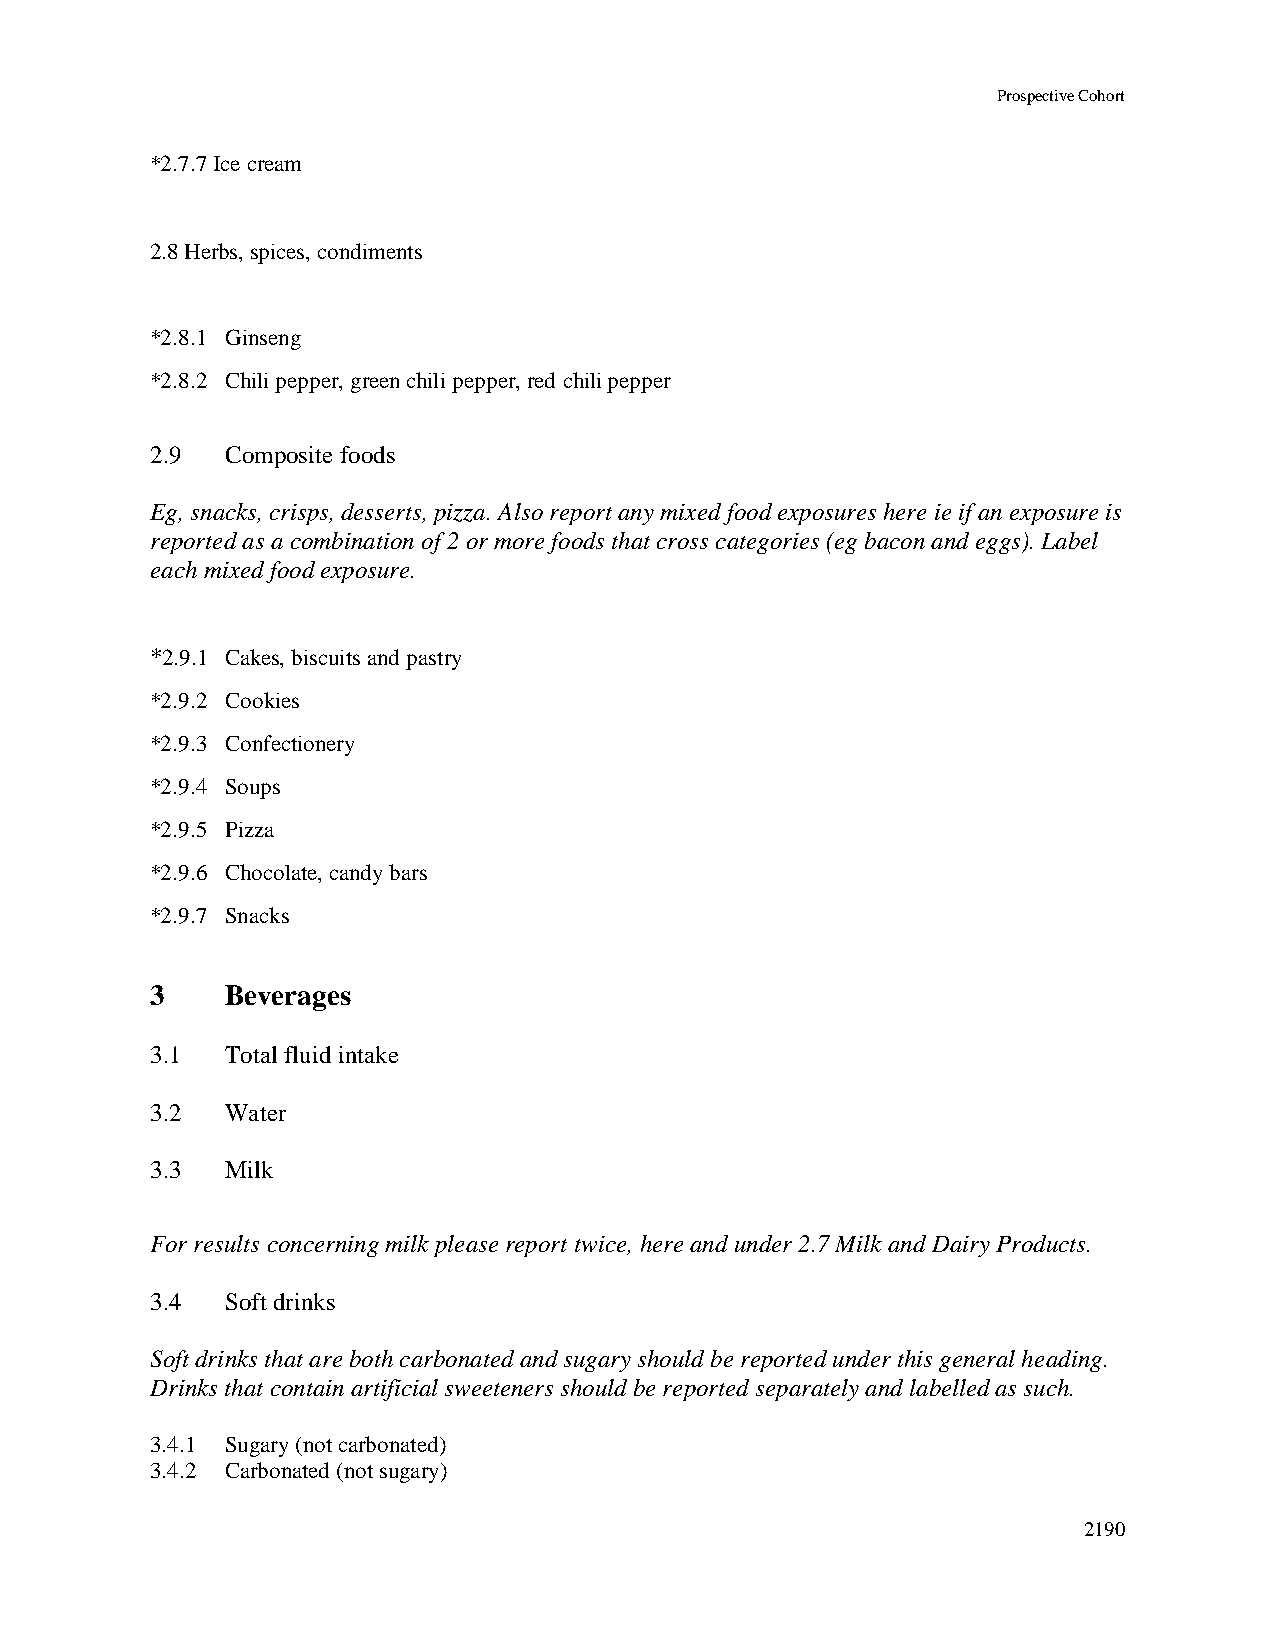
Prospective Cohort
 *2.7.7 Ice cream
 2.8 Herbs, spices, condiments
 *2.8.1 Ginseng
 *2.8.2 Chili pepper, green chili pepper, red chili pepper
 2.9  Composite foods
 Eg, snacks, crisps, desserts, pizza. Also report any mixed food exposures here ie if an exposure is
 reported as a combination of 2 or more foods that cross categories (eg bacon and eggs). Label
 each mixed food exposure.
 *2.9.1 Cakes, biscuits and pastry
 *2.9.2 Cookies
 *2.9.3 Confectionery
 *2.9.4 Soups
 *2.9.5 Pizza
 *2.9.6 Chocolate, candy bars
 *2.9.7 Snacks
 3    Beverages
 3.1  Total fluid intake
 3.2  Water
 3.3  Milk
 For results concerning milk please report twice, here and under 2.7 Milk and Dairy Products.
 3.4  Soft drinks
 Soft drinks that are both carbonated and sugary should be reported under this general heading.
 Drinks that contain artificial sweeteners should be reported separately and labelled as such.
 3.4.1 Sugary (not carbonated)
 3.4.2 Carbonated (not sugary)
 2190